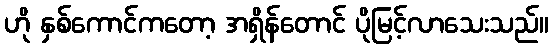
ဟို နှစ်ကောင်ကတော့ အရှိန်တောင် ပိုမြင့်လာသေးသည်။